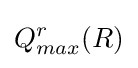
Q_{max}^{r}(R)